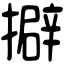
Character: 擗